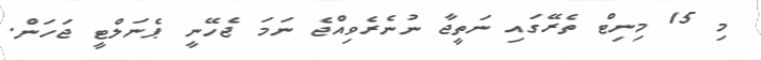
މި 15 މިނިޓް ތެރޭގައި ނަތީޖާ ނުނެރެވިއްޖެ ނަމަ ޖެހޭނީ ޕެނަލްޓީ ޖަހަން.